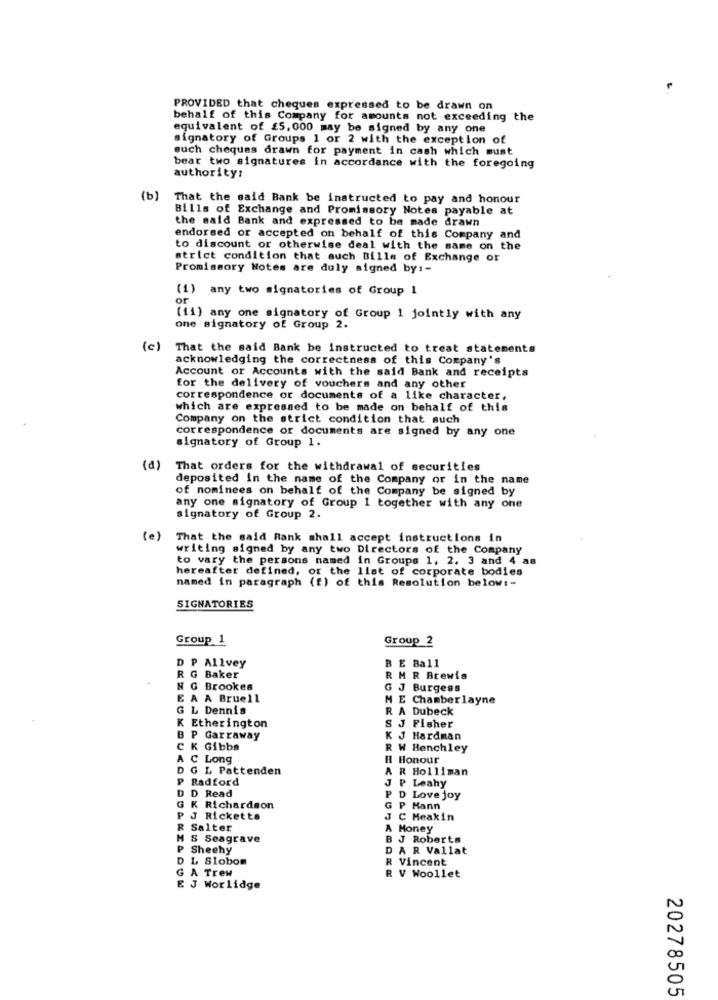
PROVIDED that cheques expressed to be drawn on
behalf of this Company for amounts not exceeding the
equivalent of £5, 000 may be signed by any one
signatory of Groups 1 or 2 with the exception of
such cheques drawn for payment in cash which must
bear two signatures in accordance with the foregoing
authority:
(b)
That the said Bank be instructed to pay and honour
Bills of Exchange and Promissory Notes payable at
the said Bank and expressed to be made drawn
endorsed or accepted on behalf of this Company and
to discount or otherwise deal with the same on the
strict condition that auch Bills of Exchange or
Promissory Notes are duly signed by :-
(1) any two signatories of Group 1
or
(11) any one signatory of Group 1 jointly with any
one signatory of Group 2.
(c)
That the said Bank be instructed to treat statements
acknowledging the correctness of this Company's
Account or Accounts with the said Bank and receipts
for the delivery of vouchers and any other
correspondence or documents of a like character,
which are expressed to be made on behalf of this
Company on the strict condition that such
correspondence or documents are signed by any one
signatory of Group 1.
(a)
That orders for the withdrawal of securities
deposited In the name of the Company or in the name
of nominees on behalf of the Company be signed by
any one signatory of Group 1 together with any one
signatory of Group 2.
(e)
That the said Rank shall accept instructions in
writing signed by any two Directors of the Company
to vary the persons named in Groups 1. 2. 3 and 4 as
hereafter defined, or the list of corporate bodies
named in paragraph (f) of this Resolution below :-
SIGNATORIES
Group 1
Group 2
P Allvey
B E Ball
G Baker
R MR Brewis
N G Brookes
G J Burgess
E A A Bruell
M E Chamber layne
G L Dennis
R A Dubeck
K Etherington
S J Fisher
B P Garraway
K J Hardman
C K Gibbs
R W Henchley
A C Long
Hl Honour
D G L Pattenden
A R Holliman
P Radford
J P Leahy
D D Read
D Love joy
G K Richardson
G P Hann
J Ricketts
J C Heakin
R Salter
A Money
M S Seagrave
B J Roberts
Sheehy
D A R Vallat
L Slobom
R Vincent
A Trew
R V Woollet
E J Worlidge
N
0
20278505